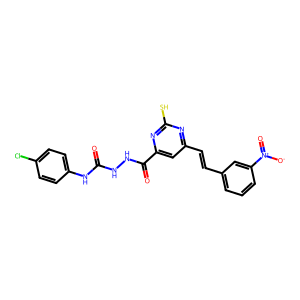
SMILES: O=C(NNC(=O)c1cc(C=Cc2cccc([N+](=O)[O-])c2)nc(S)n1)Nc1ccc(Cl)cc1
Inhibits HIV replication: No